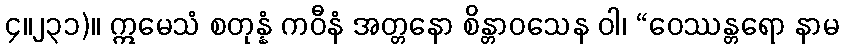
၄။၂၃၁)။ ဣမေသံ စတုန္နံ ကဝီနံ အတ္တနော စိန္တာဝသေန ဝါ၊ “ဝေဿန္တရော နာမ